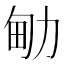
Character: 𠡪